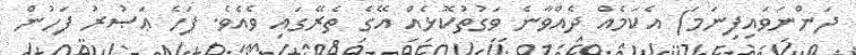
ދަންނަވައިފިނަމަ) އެކަމެއް ދެއްވާނެ ވަގުތުކޮޅެއް އޭގެ ތެރޭގައި ވެއެވެ. ފަހެ ޢަޞުރު ފަހުން